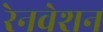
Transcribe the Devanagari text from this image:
रेनवेशन